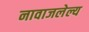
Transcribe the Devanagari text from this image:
नावाजलेल्य